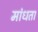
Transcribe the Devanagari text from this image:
मांधता